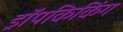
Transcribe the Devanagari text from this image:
ड्रॉपकिकिंग